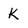
Character: k